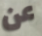
عن